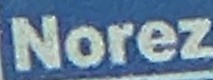
Norez